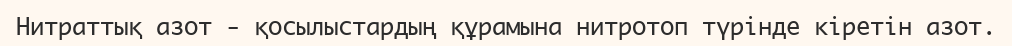
Нитраттық азот - қосылыстардың құрамына нитротоп түрінде кіретін азот.